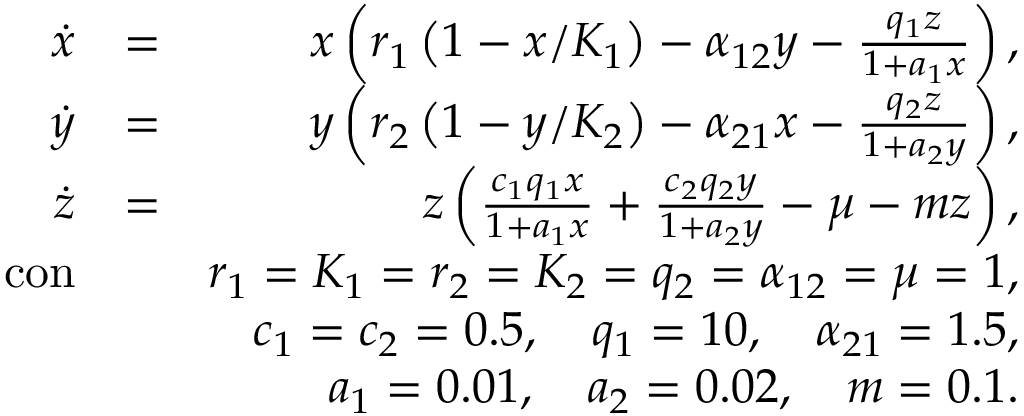
\begin{array} { r l r } { \dot { x } } & { = } & { x \left( r _ { 1 } \left( 1 - x / K _ { 1 } \right) - \alpha _ { 1 2 } y - \frac { q _ { 1 } z } { 1 + a _ { 1 } x } \right) , } \\ { \dot { y } } & { = } & { y \left( r _ { 2 } \left( 1 - y / K _ { 2 } \right) - \alpha _ { 2 1 } x - \frac { q _ { 2 } z } { 1 + a _ { 2 } y } \right) , } \\ { \dot { z } } & { = } & { z \left( \frac { c _ { 1 } q _ { 1 } x } { 1 + a _ { 1 } x } + \frac { c _ { 2 } q _ { 2 } y } { 1 + a _ { 2 } y } - \mu - m z \right) , } \\ { \mathrm { c o n } } & { } & { r _ { 1 } = K _ { 1 } = r _ { 2 } = K _ { 2 } = q _ { 2 } = \alpha _ { 1 2 } = \mu = 1 , } \\ & { } & { c _ { 1 } = c _ { 2 } = 0 . 5 , \quad q _ { 1 } = 1 0 , \quad \alpha _ { 2 1 } = 1 . 5 , } \\ & { } & { a _ { 1 } = 0 . 0 1 , \quad a _ { 2 } = 0 . 0 2 , \quad m = 0 . 1 . } \end{array}